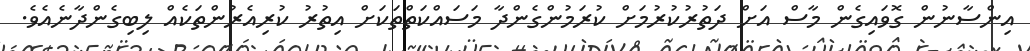
އިންސާނުން ގޮވައިގެން މާސް އަށް ދަތުރުކުރުމަށް ކުރަމުންގެންދާ މަސައްކަތްތަކަށް އިތުރު ކުރިއެރުންތަކެއް ލިބިގެންދާނެއެވެ.